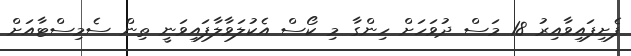
ފެށިފައިވާއިރު 18 މަސް ދުވަހަށް ހިންގާ މި ކޯސް އެކުލަވާލާފައިވަނީ ތިން ސެމިސްޓާއަށް